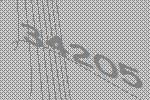
34205